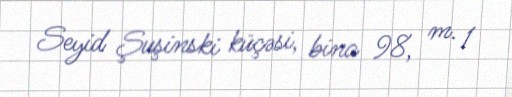
Seyid Şuşinski küçəsi, bina 98, m. 1